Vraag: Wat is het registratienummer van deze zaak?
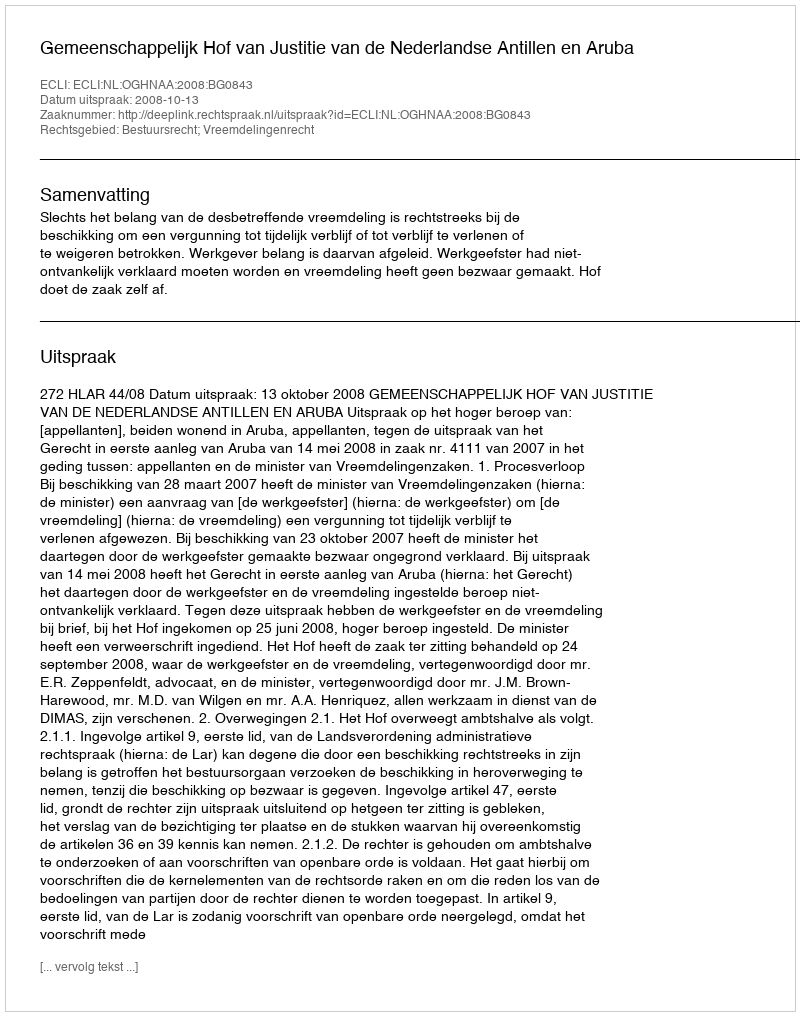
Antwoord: http://deeplink.rechtspraak.nl/uitspraak?id=ECLI:NL:OGHNAA:2008:BG0843